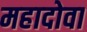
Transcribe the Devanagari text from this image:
महादोवा